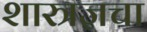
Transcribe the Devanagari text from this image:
शास्त्रज्ञचा